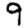
Digit: 9